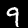
Label: 9